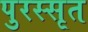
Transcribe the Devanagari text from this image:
पुरस्सृत